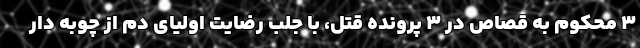
3 محکوم به قصاص در 3 پرونده قتل، با جلب رضایت اولیای دم از چوبه دار